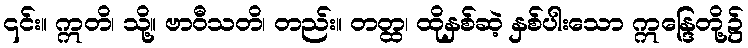
၎င်း။ ဣတိ၊ သို့။ ဗာဝီသတိ၊ တည်း။ တတ္ထ၊ ထိုနှစ်ဆဲ့ နှစ်ပါးသော ဣန္ဒြေတို့၌